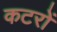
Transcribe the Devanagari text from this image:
कटरों